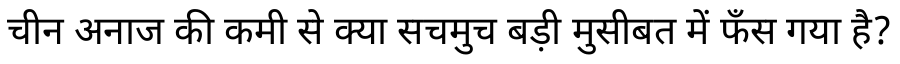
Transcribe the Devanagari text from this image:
चीन अनाज की कमी से क्या सचमुच बड़ी मुसीबत में फँस गया है?